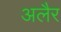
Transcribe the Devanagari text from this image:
अलैर